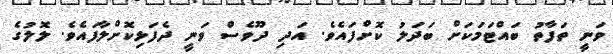
ވަނީ ތަފާތު ބައްޓަމަކަށް ބަދަލު ކޮށްފައެވެ. އަދި ދޫވެސް ވަނީ ދެފަޅިކޮށްލާފައެވެ. ލޮލުގެ